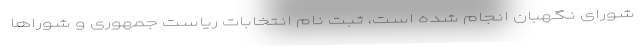
شورای نگهبان انجام شده است، ثبت نام انتخابات ریاست جمهوری و شوراها